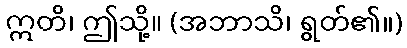
ဣတိ၊ ဤသို့။ (အဘာသိ၊ ရွတ်၏။)